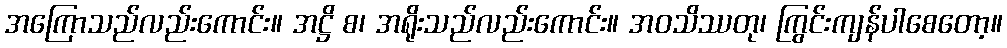
အကြောသည်လည်းကောင်း။ အဋ္ဌိ စ၊ အရိုးသည်လည်းကောင်း။ အဝသိဿတု၊ ကြွင်းကျန်ပါစေတော့။